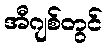
အီဂျစ်တွင်